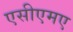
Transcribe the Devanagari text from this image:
एसीएमए